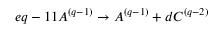
e q - 1 1 A ^ { ( q - 1 ) } \rightarrow A ^ { ( q - 1 ) } + d C ^ { ( q - 2 ) }